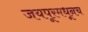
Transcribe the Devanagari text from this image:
जयपूरमधूनच